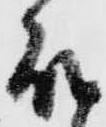
殿